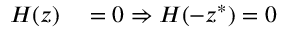
\begin{array} { r } { \begin{array} { r l } { H ( z ) } & { { } = 0 \Rightarrow H ( - z ^ { * } ) = 0 } \end{array} } \end{array}